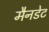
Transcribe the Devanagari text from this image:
मैनडेट